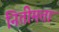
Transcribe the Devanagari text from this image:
नितीमत्ता